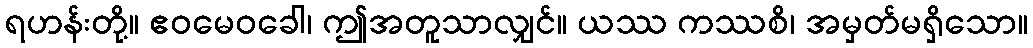
ရဟန်းတို့။ ဧဝမေဝခေါ၊ ဤအတူသာလျှင်။ ယဿ ကဿစိ၊ အမှတ်မရှိသော။